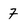
Character: 7